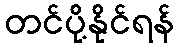
တင်ပို့နိုင်ရန်